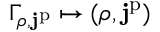
\Gamma _ { \rho , \mathbf { j } ^ { \mathrm { p } } } \mapsto ( \rho , \mathbf { j } ^ { \mathrm { p } } )